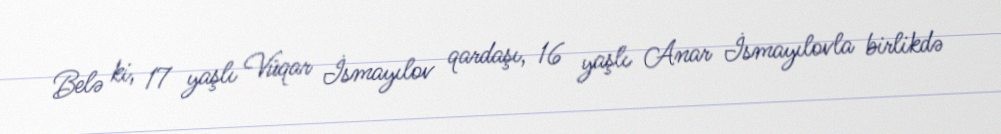
Belə ki, 17 yaşlı Vüqar İsmayılov qardaşı, 16 yaşlı Anar İsmayılovla birlikdə